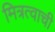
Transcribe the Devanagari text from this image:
मित्रत्वाची